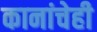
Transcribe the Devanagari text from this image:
कानांचेही